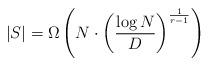
LaTeX: \begin{align*}|S| = \Omega\left( N \cdot \left( \frac{\log N}{ D} \right)^{\frac{1}{r-1}} \right)\end{align*}